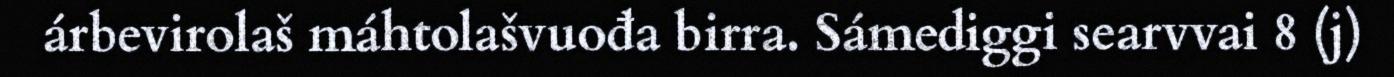
árbevirolaš máhtolašvuođa birra. Sámediggi searvvai 8 (j)